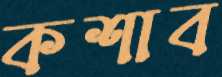
কশাব